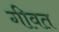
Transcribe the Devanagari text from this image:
गीवत